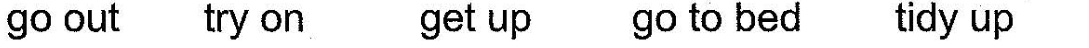
go out try on get up go to bed tidy up